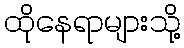
ထိုနေရာများသို့